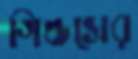
গিল্ডসের